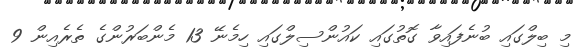
މި ބިލްގައި ބުނެފައިވާ ގޮތުގައި ކައުންސިލްގައި ހިމެނޭ 13 މެންބަރުންގެ ތެރެއިން 9